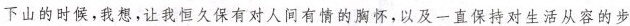
下山的时候，我想，让我恒久保有对人间有情的胸怀，以及一直保持对生活从容的步